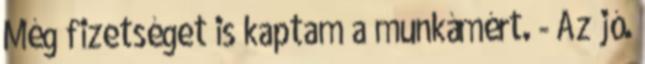
Még fizetséget is kaptam a munkámért. - Az jó.